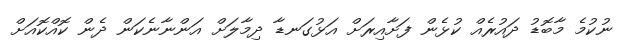
ނުކުމެ މާބޮޑު ދައުރެއް ކުޅެން ފަށާއިރަށް އަޅުގަނޑާ ދިމާލަށް އަންނާނެކަން ދެން ކޮއްކޮއަށް